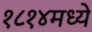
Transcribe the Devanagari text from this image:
१८१४मध्ये